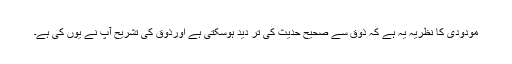
مودودی کا نظریہ یہ ہے کہ ذوق سے صحیح حدیث کی تر دید ہوسکتی ہے اورذوق کی تشریح آپ نے یوں کی ہے۔